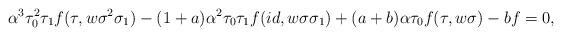
LaTeX: \begin{align*}\alpha^3 \tau_0^2 \tau_1 f(\tau, w \sigma^2 \sigma_1) - (1+a) \alpha^2 \tau_0 \tau_1 f(id, w \sigma \sigma_1) + (a+b) \alpha \tau_0 f(\tau, w \sigma) - bf = 0,\end{align*}